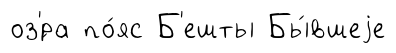
оз'́ра по́яс Б'ешты Бы́вшеjе